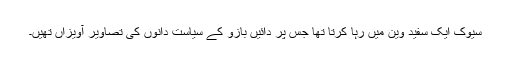
سیوک ایک سفید وین میں رہا کرتا تھا جس پر دائیں بازو کے سیاست دانوں کی تصاویر آویزاں تھیں۔